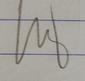
Signature authenticity: genuine